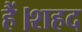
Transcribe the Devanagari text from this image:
हैं।शहद